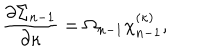
LaTeX: { \frac { \partial \Sigma _ { n - 1 } } { \partial \kappa } } = \Omega _ { n - 1 } \chi _ { n - 1 } ^ { ( \kappa ) } ,